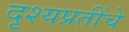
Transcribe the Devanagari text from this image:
दृश्यप्रतींचे